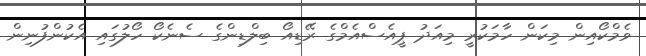
ވެމްކޯއިން މިކަން ހާމަކުރީ މިއަދު ޕީއެސްއެމްގެ ރޭޑިއޯ ބިލްޑިންގެ ސެނެކޯ ހޯލުގައި އެކުންފުނިން